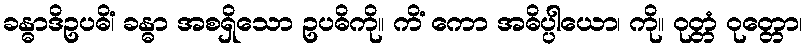
ခန္ဓာဒိဥပဓိံ၊ ခန္ဓာ အစရှိသော ဥပဓိကို။ ကိံ ကော အဓိပ္ပါယော၊ ကို။ ဝုတ္တံ ဝုတ္တော၊